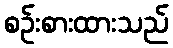
စဉ်းစားထားသည်